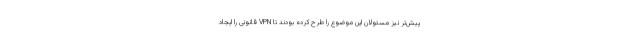
پیش‌تر نیز مسئولان این موضوع را طرح کرده بودند تا VPN قانونی را ایجاد